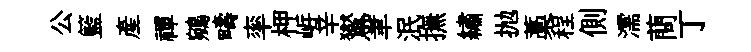
公籃産禪鵷疇率柙㟁辛鸑聿泯撫繡抛藁程側濡蕳丁